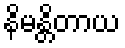
နိမန္တိတာယ